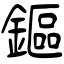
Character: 鏂